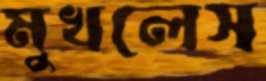
মুখলেস